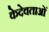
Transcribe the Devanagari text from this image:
केदेवताओं